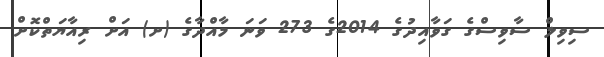
ސިވިލް ސާވިސްގެ ގަވާއިދުގެ 2014ގެ 273 ވަނަ މާއްދާގެ (ށ) އަށް ރިއާޔަތްކޮށް